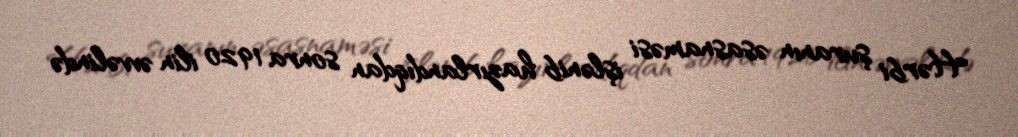
Hərbi şuranın əsasnaməsi işlənib hazırlandıqdan sonra 1920 ilin əvvəlində